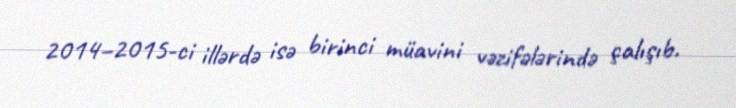
2014–2015-ci illərdə isə birinci müavini vəzifələrində çalışıb.